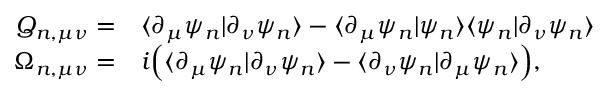
\begin{array} { r l } { Q _ { n , \mu \nu } = } & { { } \langle \partial _ { \mu } \psi _ { n } | \partial _ { \nu } \psi _ { n } \rangle - \langle \partial _ { \mu } \psi _ { n } | \psi _ { n } \rangle \langle \psi _ { n } | \partial _ { \nu } \psi _ { n } \rangle } \\ { \Omega _ { n , \mu \nu } = } & { { } i \Big ( \langle \partial _ { \mu } \psi _ { n } | \partial _ { \nu } \psi _ { n } \rangle - \langle \partial _ { \nu } \psi _ { n } | \partial _ { \mu } \psi _ { n } \rangle \Big ) , } \end{array}